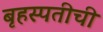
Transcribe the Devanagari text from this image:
बृहस्पतीची